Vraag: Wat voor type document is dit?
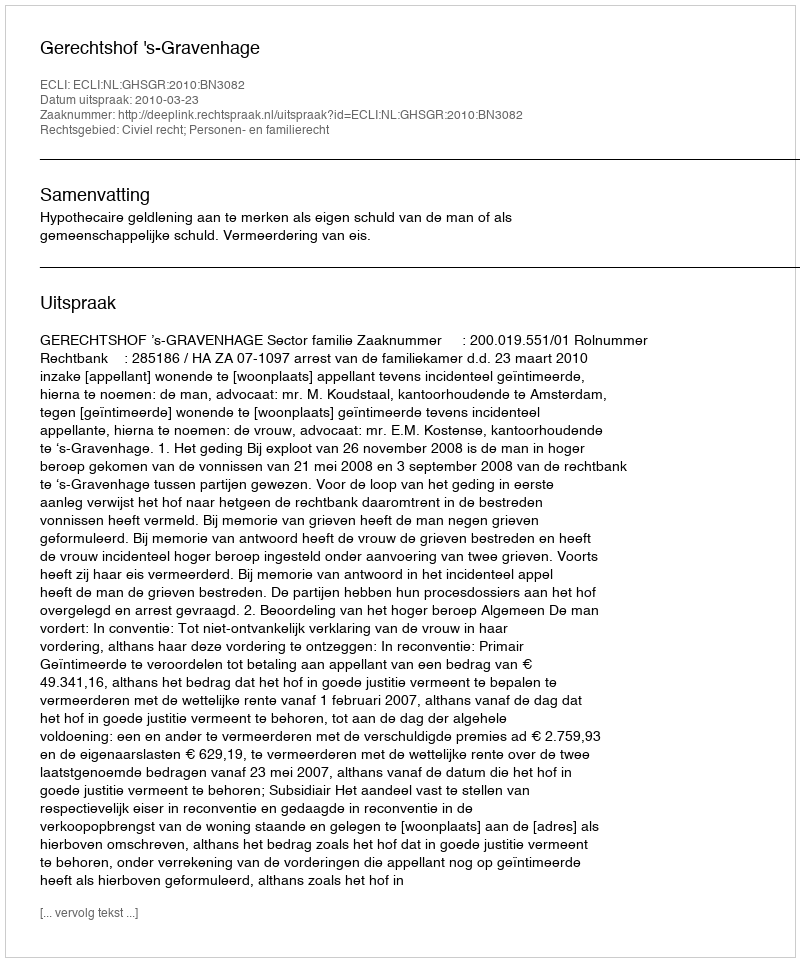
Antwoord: Uitspraak